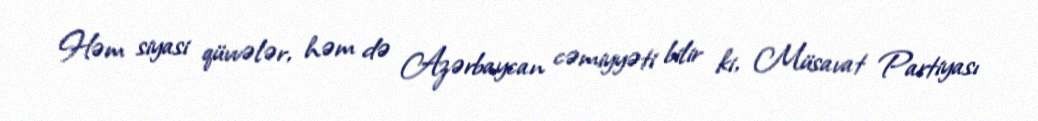
Həm siyasi qüvvələr, həm də Azərbaycan cəmiyyəti bilir ki, Müsavat Partiyası